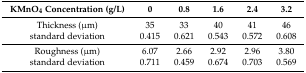
| KMnO4 Concentration (g/L) | 0 | 0.8 | 1.6 | 2.4 | 3.2 |
 | --- | --- | --- | --- | --- | --- |
 | Thickness (μm) | 35 | 33 | 40 | 41 | 46 |
 | standard deviation | 0.415 | 0.621 | 0.543 | 0.572 | 0.608 |
 | Roughness (μm) | 6.07 | 2.66 | 2.92 | 2.96 | 3.80 |
 | standard deviation | 0.711 | 0.459 | 0.674 | 0.703 | 0.569 |